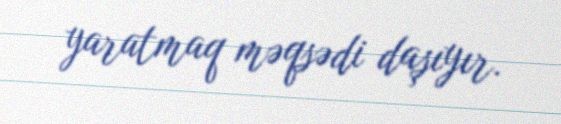
yaratmaq məqsədi daşıyır.